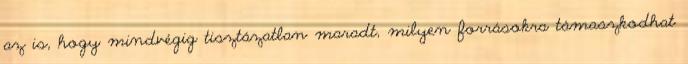
az is, hogy mindvégig tisztázatlan maradt, milyen forrásokra támaszkodhat